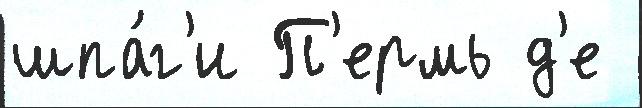
шпа́г'и П'ермь д'е